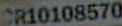
CR10108570